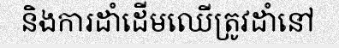
និងការដាំដើមឈើត្រូវដាំនៅ